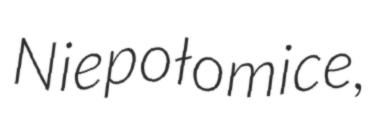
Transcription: Niepołomice,